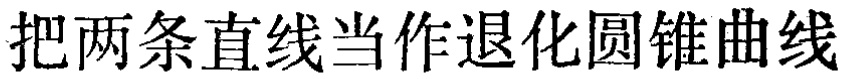
把两条直线当作退化圆锥曲线